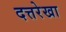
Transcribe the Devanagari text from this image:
दत्तरेखा